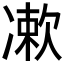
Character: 𠘂